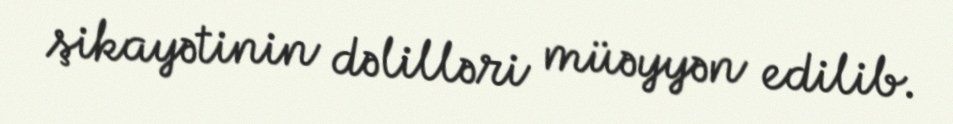
şikayətinin dəlilləri müəyyən edilib.